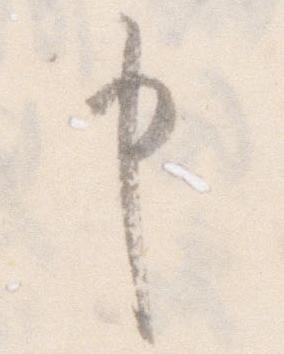
申